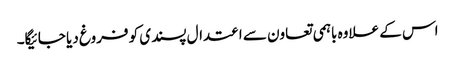
اس کے علاوہ باہمی تعاون سے اعتدال پسندی کو فروغ دیا جائیگا۔